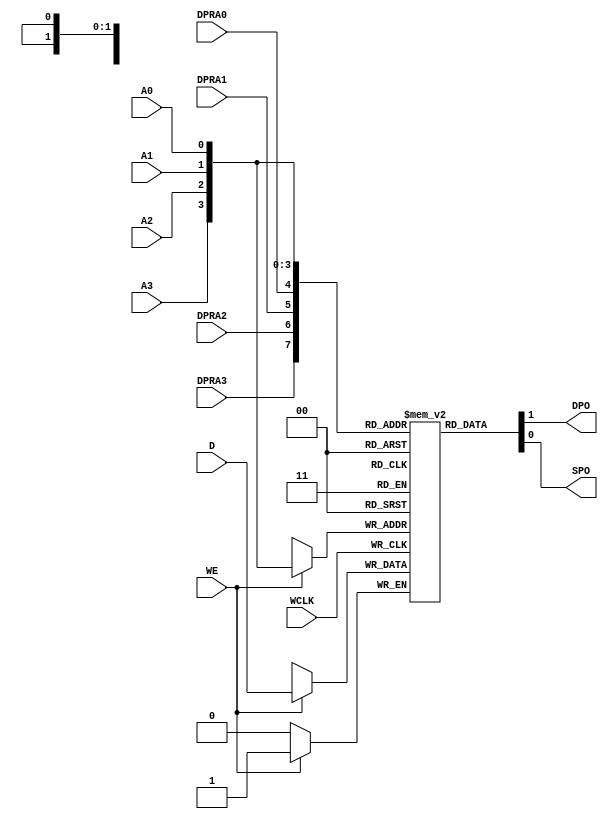
module RAM16X1D_2 (
    DPO,
    SPO,
    A0,
    A1,
    A2,
    A3,
    D,
    DPRA0,
    DPRA1,
    DPRA2,
    DPRA3,
    WCLK,
    WE
);
parameter dw = 1;
parameter aw = 4;
output DPO, SPO;
input DPRA0, DPRA1, DPRA2, DPRA3;
input A0, A1, A2, A3;
input D;
input WCLK;
input WE;
reg	[dw-1:0]	mem [(1<<aw)-1:0];	
assign DPO = mem[{DPRA3 , DPRA2 , DPRA1 , DPRA0}][dw-1:0];
assign SPO = mem[{A3 , A2 , A1 , A0}][dw-1:0];
always @(posedge WCLK)
	if (WE)
		mem[{A3 , A2 , A1 , A0}] <= #1 D;
endmodule